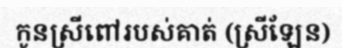
កូនស្រីពៅរបស់គាត់ (ស្រីឡែន)